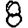
Digit: 8